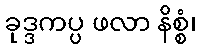
ခုဒ္ဒကပ္ပ ဖလာ နိစ္စံ၊